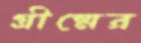
গ্রীষ্মের